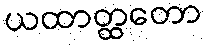
ယထာတ္ထတော